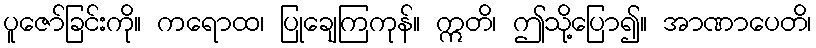
ပူဇော်ခြင်းကို။ ကရောထ၊ ပြုချေကြကုန်။ ဣတိ၊ ဤသို့ပြော၍။ အာဏာပေတိ၊